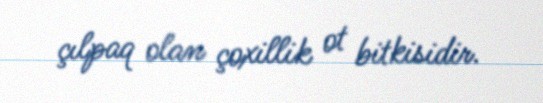
çılpaq olan çoxillik ot bitkisidir.